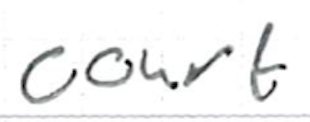
Text: Court
Cross-out: clean
Writing tool: ballpoint